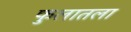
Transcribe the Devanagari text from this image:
फुलातला